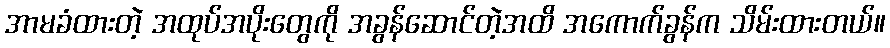
အာမခံထားတဲ့ အထုပ်အပိုးတွေကို အခွန်ဆောင်တဲ့အထိ အကောက်ခွန်က သိမ်းထားတယ်။